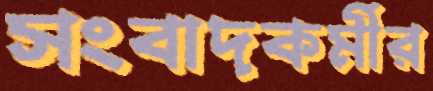
সংবাদকর্মীর